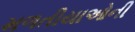
મળતીયાઓની